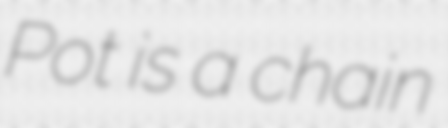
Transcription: Pot is a chain